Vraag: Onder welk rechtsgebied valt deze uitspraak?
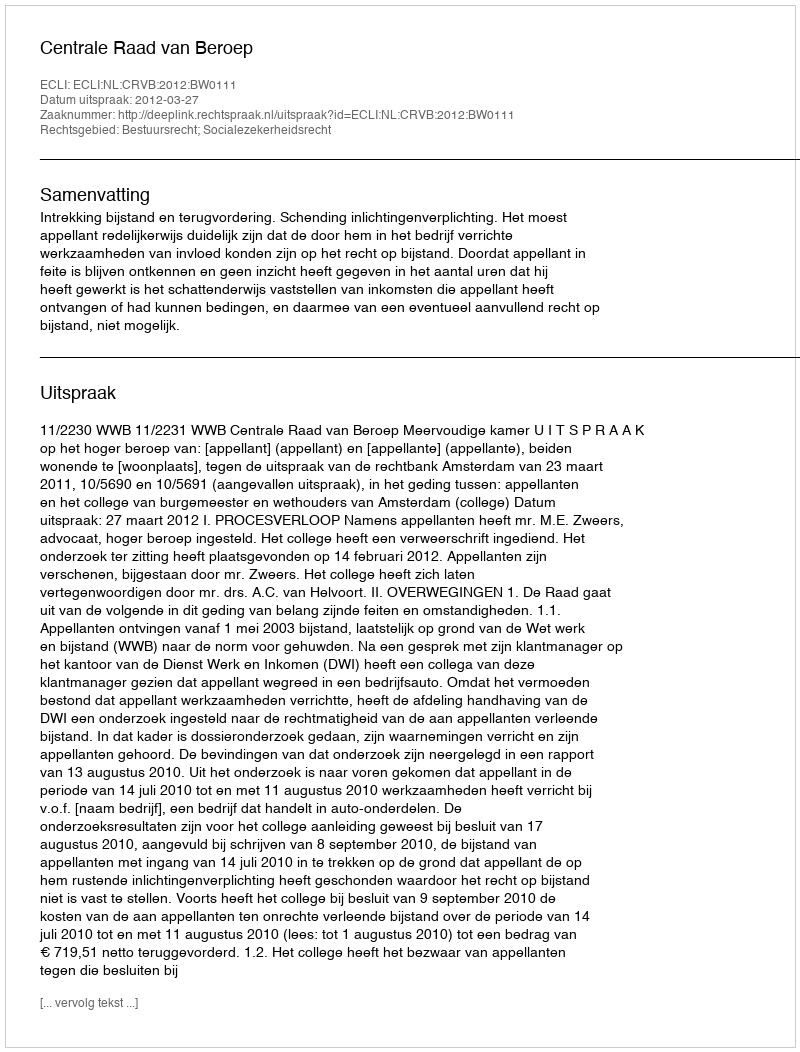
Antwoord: Bestuursrecht; Socialezekerheidsrecht